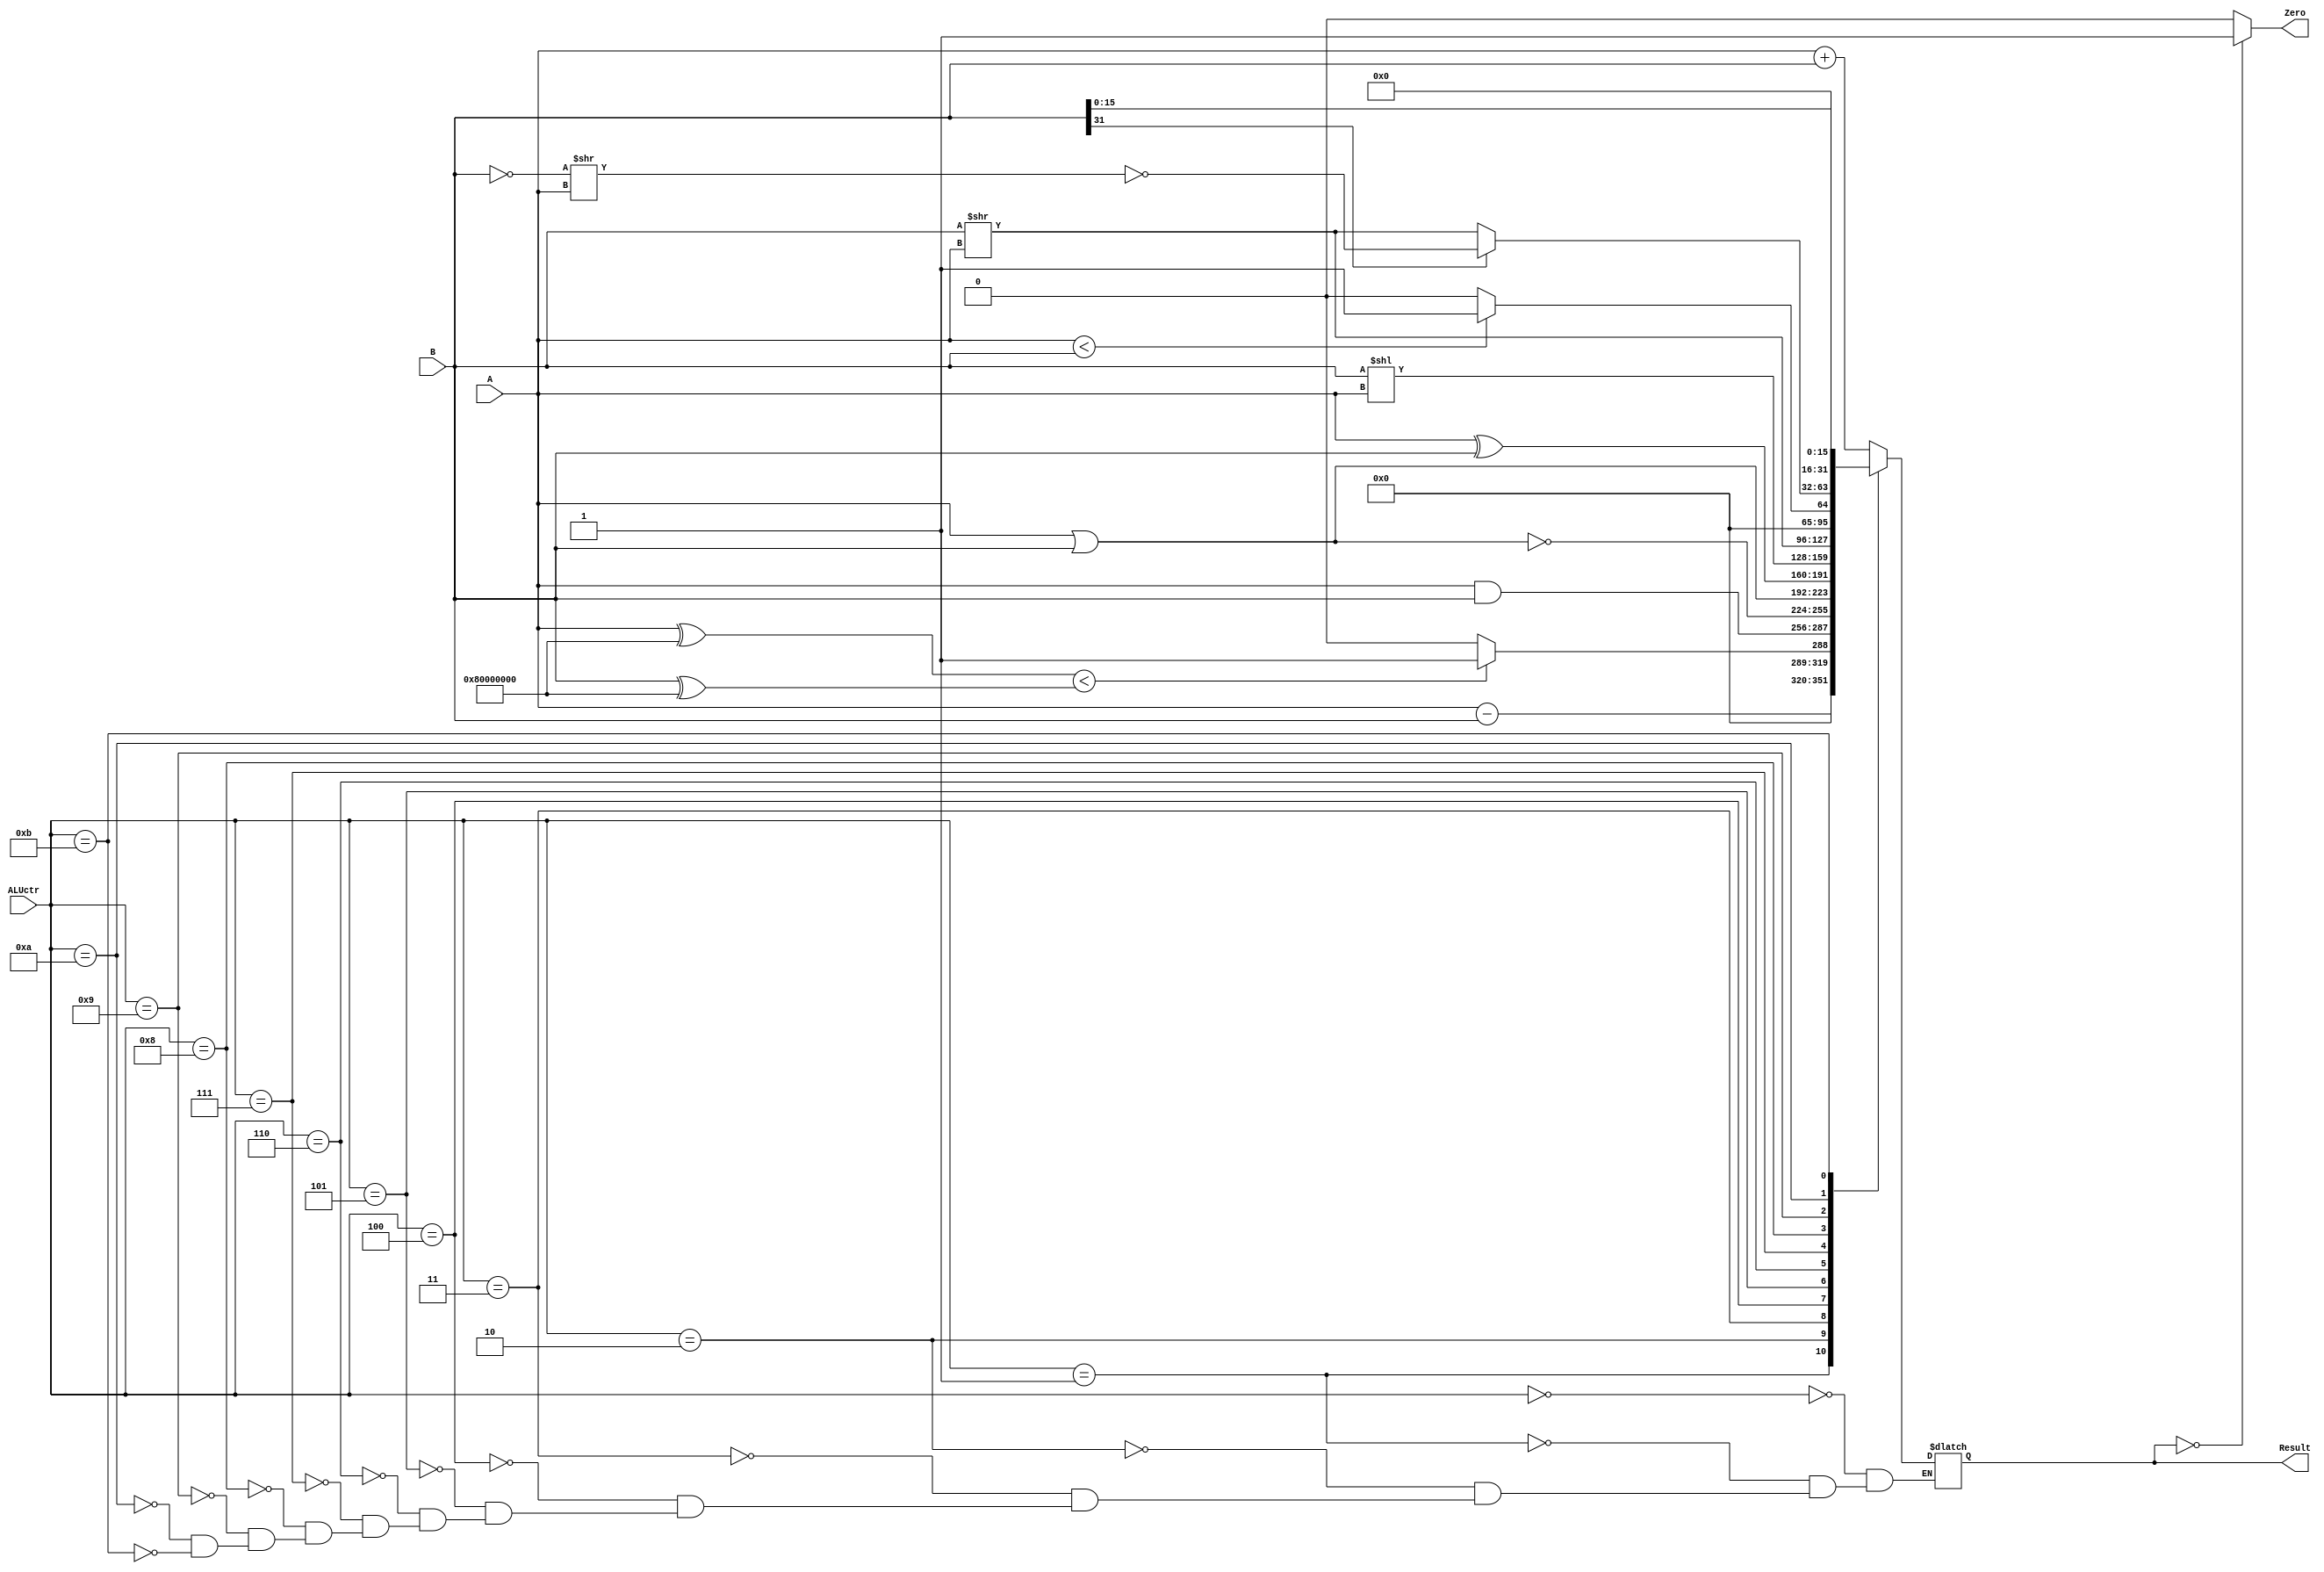
/*
addu  0000 subu  0001
slt 0010
and 0011
nor 0100
or  0101
xor 0110
sll 0111
srl 1000
sltu  1001
sra 1010
*/
`timescale 1ns / 1ps
module ALU #(parameter WIDTH = 32)
  (A,B,ALUctr,Zero,Result);//no Overflow
  //define
  input [WIDTH-1:0]     A,B;
  input [3:0]           ALUctr;
  output            Zero;
  output reg [WIDTH-1:0]  Result;
  
  //***SLTUpre***//
  wire [WIDTH-1:0]        high   = {1'b1, {WIDTH-1{1'b0}} };
  wire [WIDTH-1:0]        SLTA  = A ^ high;
  wire [WIDTH-1:0]        SLTB  = B ^ high;
  
  assign Zero = ((Result == 0)? 1'b1 : 1'b0);

  always @ (ALUctr or A or B)
  begin
  case (ALUctr)
    //***ADDU**//
    4'b0000 : Result <= A + B;//
    //***SUBU**//
    4'b0001 : Result <= A - B;
    //***SLT***//
    4'b0010 : Result <= (SLTA < SLTB) ? 1 : 0;//modelsim    //***AND***//
    4'b0011 : Result <= A & B;
    //***NOR***//
    4'b0100 : Result <= ~ ( A | B);
    //***OR****//
    4'b0101 : Result <= A | B;
    //***XOR***//
    4'b0110 : Result <= A ^ B;
    //***SLL***//
    4'b0111 : Result <= B << A;//A,B
    //***SRL**//
    4'b1000 : Result <= B >> A;//A,B
    //***SLTU***//
    4'b1001 : Result <= (A < B) ? 1 : 0; //modelsim    //***SRA***//A,B
    4'b1010 : begin
          if (B[31] == 0)begin
              Result <= B >> A;
          end else begin
              Result <= ~((~B)>>A);
          end
    end
    //***LUI***//
    4'b1011 : begin
				  Result <= {B[15:0], 16'd0};
    end
  endcase
  end
endmodule